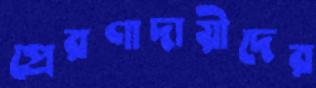
প্রেরণাদায়ীদের